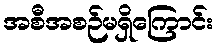
အစီအစဉ်မရှိကြောင်း